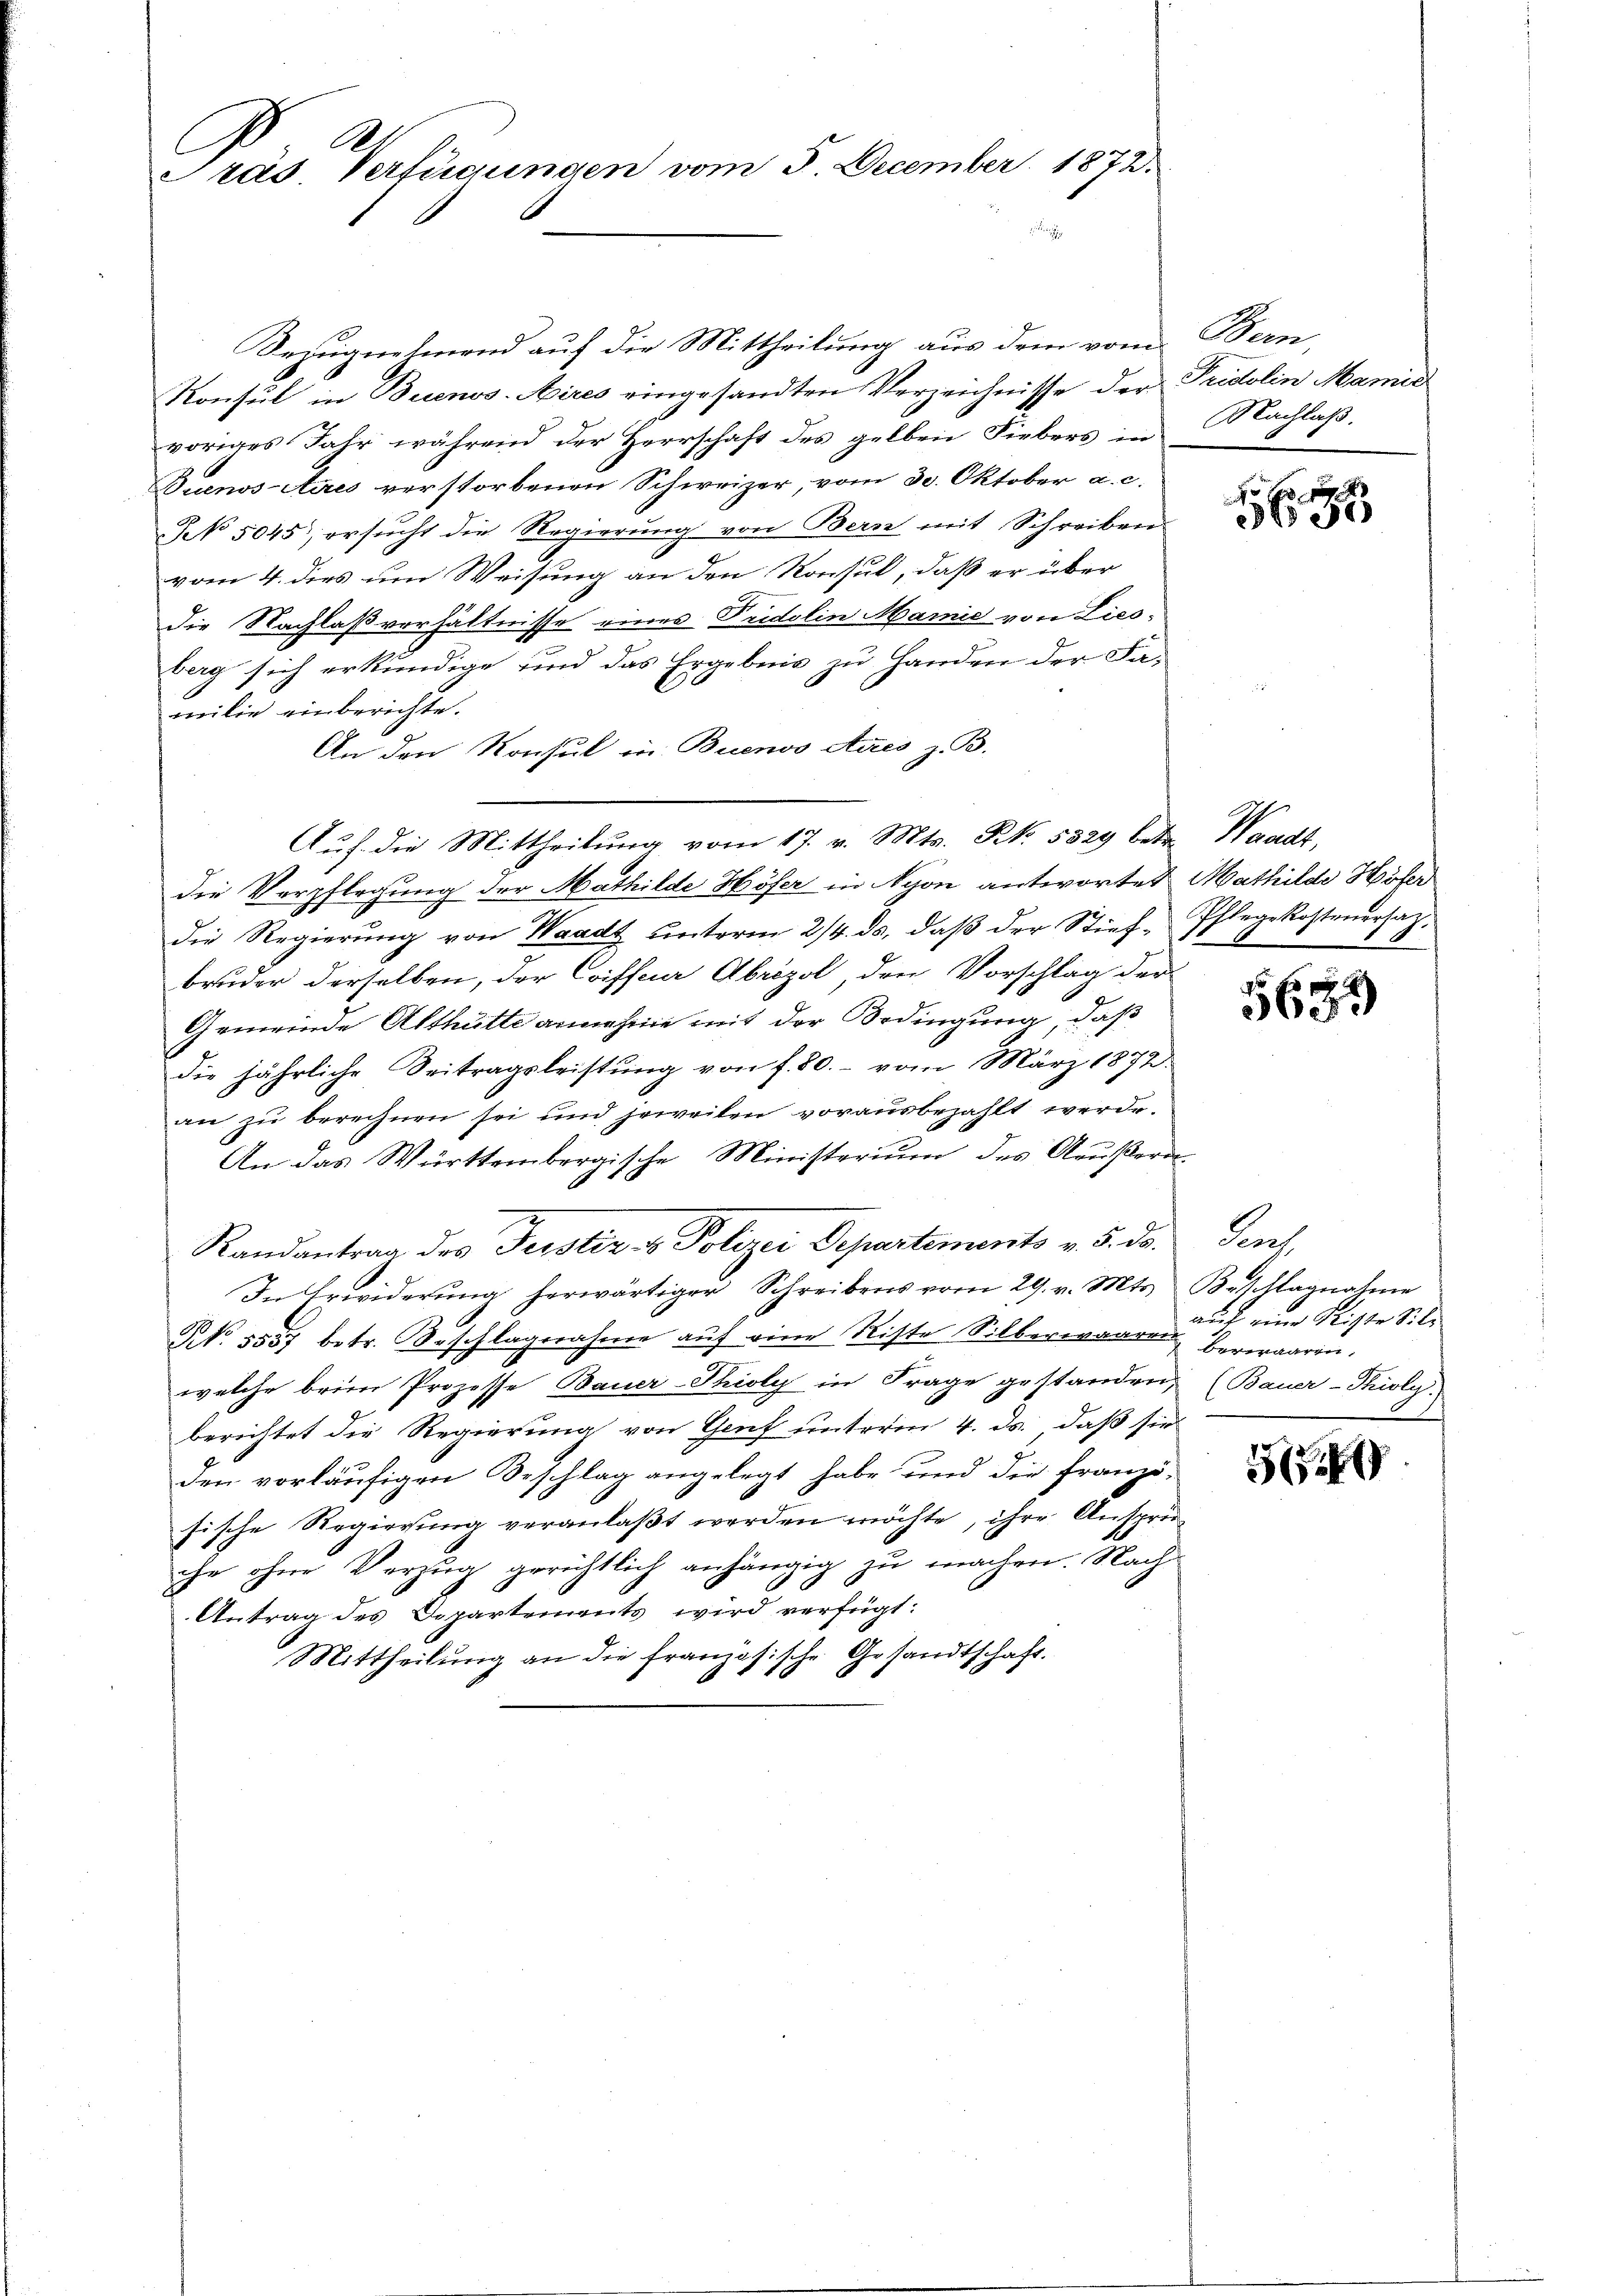
Träs Verfügungen vom 3. December 1873.

Bezugnehmend auf die Mittheilung aus dem vom Bern
Konsul in Buenos-Aires eingesandten Verzeichnisse der Tridolin Marie
voriges Jahr während der Herrschaft des gelben Fiebers in Nachlaß,
Buenos Aires verstorbenen Schweizer, vom 30. Oktober a. c.
NN 5045; ersucht die Regierung von Bern mit Schreiben
vom 4. dies um Weisung an den Konsul, daß er über
Die Nachlaßverhältnisse eines Tridolin Marie von Lies-
berg sich erkundige und das Ergebnis zu Handen der Familie einberichte.
An den Konsul in Buenoo Atues z. B.
die Verpflegung der Mathilde Höfer in Nyon antwortet Mathilde Höfen
die Regierŭng von Waadt ŭnterm 2/4. ds. daβ der Stief-Pflegekostenersah.
bruder derselben, der Coifferer Abrizol, den Vorschlag der
Gemeinde Althütte annehme mit der Bedingung, daß
die jährliche Seitragsleistung von f. 80. - vom März 1872
an zu berechnen sei und jeweilen vorausbezahlt werde.
An das Württembergische Ministerium des Aeußern
Randantrag des Ferstiz- & Polizei Departements v. 5. ds.
In Erwiderung herwärtiger Schreibens vom 29. v. Mts.
N. 5537 betr. Beschlagnahme aŭf eine Riste Silberwaaren Verwaaren.
welche beim Prozesse Bauer-Thioly in Frage gestanden (Bauer-Thioly.
berichtet die Regierung von Genf unterm 4. ds., daß sie
Den vorläufigen Beschlag angelegt habe und die franzö-
sische Regierung veranlaßt werden möchte, ihre Anspri
che ohne Verzug gerichtlich anhängig zu machen. Nach¬
Antrag des Departements wird verfügt:
Mittheilŭng an die französische Gesandtschaft.

Auf die Mittheilung vom 17. v. Mts. No. 5829 betr. Waadt,

x
30

3650

Pach
Beschlagnahme
auf eine Reiste Sili

3